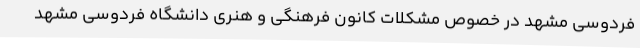
فردوسی مشهد در خصوص مشکلات کانون فرهنگی و هنری دانشگاه فردوسی مشهد